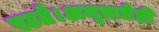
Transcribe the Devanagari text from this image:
पटते।अमृतातेही